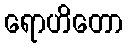
ရောဟိတော